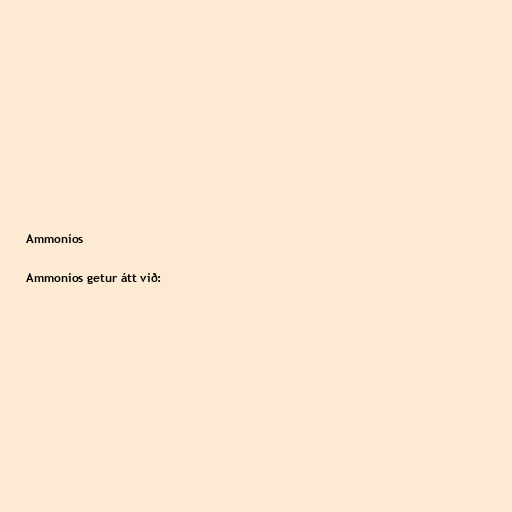
Ammoníos

Ammoníos getur átt við: